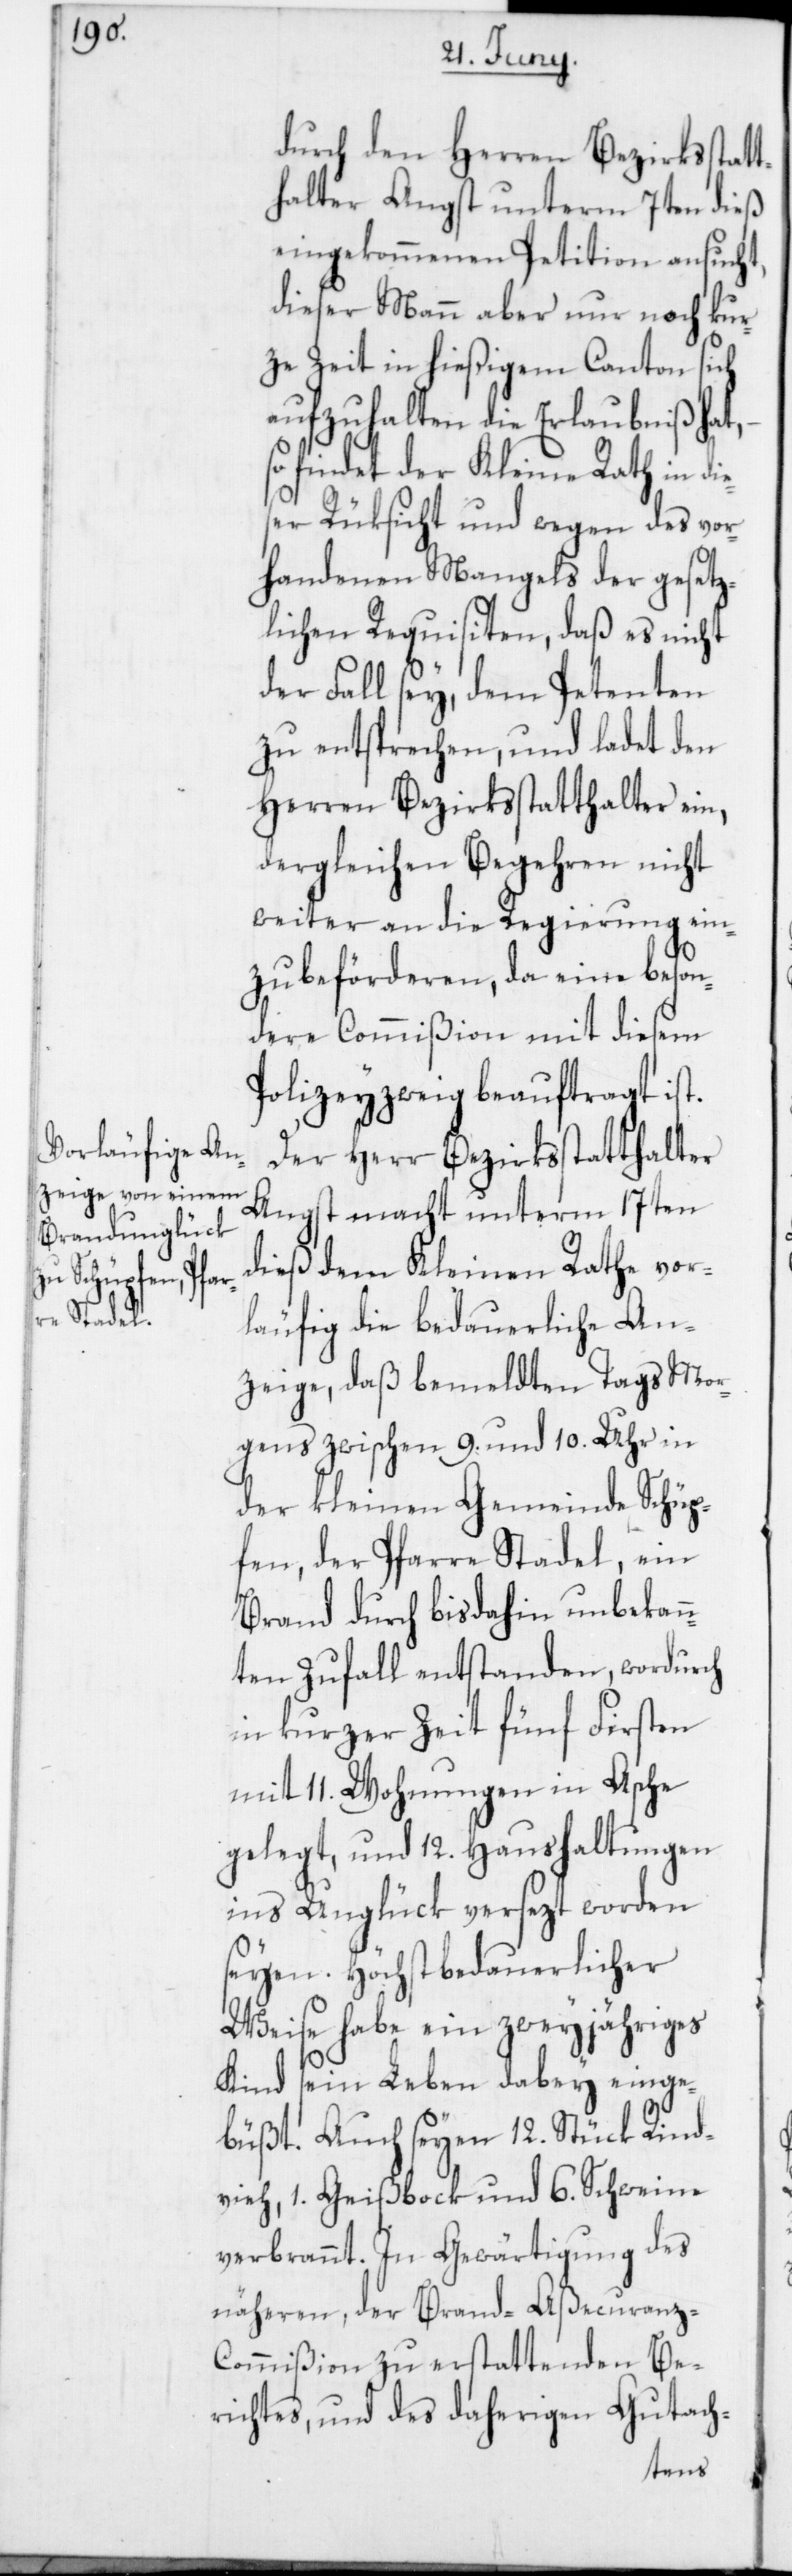
durch den Herren Bezirksstatt¬
halter Angst unterm 7ten dieß
eingekommenen Petition ansucht,
dieser Mann aber nur noch kur¬
ze Zeit in hießigem Canton sich
aufzuhalten die Erlaubniß hat,
so findet der Kleine Rath in di¬
eser Rüksicht und wegen des vor¬
handenen Mangels der gesetz¬
lichen Requisiten, daß es nicht
der Fall sey, dem Petenten
zu entsprechen, und ladet den
Herren Bezirksstatthalter ein,
dergleichen Begehren nicht
weiter an die Regierung ein¬
zubeförderen, da eine beson¬
dere Commißion mit diesem
Polizeyzweig beauftragt ist.
Der Herr Bezirksstatthalter
Angst macht unterm 17ten
dieß dem Kleinen Rathe vor¬
läufig die bedauerliche An¬
zeige, daß bemeldten Tags Mor¬
gens zwischen 9. und 10. Uhr in
der kleinen Gemeinde Schüp¬
fen, der Pfarre Stadel, ein
Brand durch bis dahin unbekan¬
nten Zufall entstanden, wordurch
in kurzer Zeit fünf Firsten
mit 11. Wohnungen in Asche
gelegt, und 12. Haushaltungen
ins Unglück versezt worden
seyen. Höchst bedauerlicher
Weise habe ein zweyjähriges
Kind sein Leben dabey einge¬
büßt. Auch seyen 12. Stück Rind¬
vieh, 1. Geißbock und 6. Schweine
verbrannt. In Gewärtigung des
näheren, der Brand-Aßecuranz-C¬
ommißion zu erstattenden Be¬
richtes, und des daherigen Gutach-